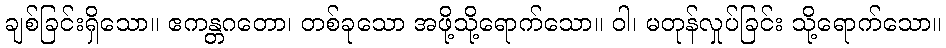
ချစ်ခြင်းရှိသော။ ဧကန္တဂတော၊ တစ်ခုသော အဖို့သို့ရောက်သော။ ဝါ၊ မတုန်လှုပ်ခြင်း သို့ရောက်သော။